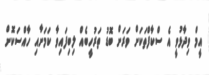
އީމް ވިދާޅުވީ އެ ސްކާފްތަކަށް ވަރަށް ބޮޑު ތަރުހީބެއް ލިބިފައިވާ ކަމަށާއި ހާއްސަކޮށް